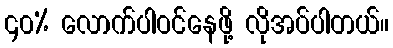
၄၀% လောက်ပါဝင်နေဖို့ လိုအပ်ပါတယ်။